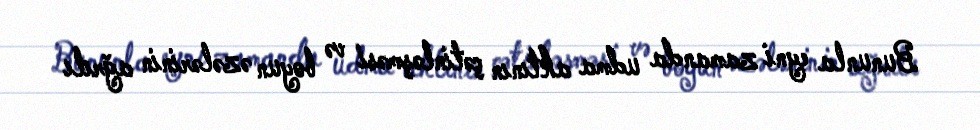
Bununla eyni zamanda udma aktının çətinləşməsi və boyun əzələrinin ağrılı